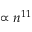
\propto n ^ { 1 1 }